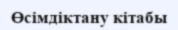
Өсімдіктану кітабы